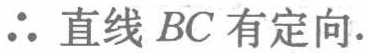
$\therefore$ 直线 $BC$ 有定向.